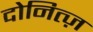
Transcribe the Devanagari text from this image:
दोनित्ज़